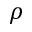
\rho